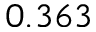
0 . 3 6 3